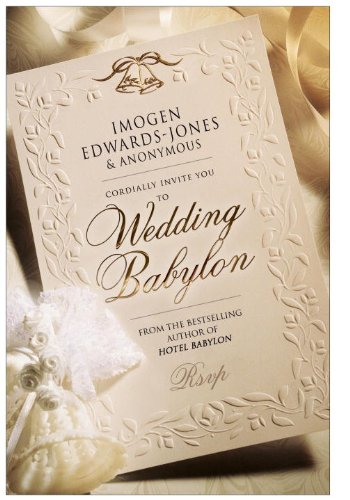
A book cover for Wedding Babylon; Imoge Edwards-Jones; Crafts, Hobbies & Home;